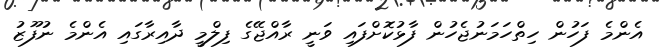
އެންމެ ފަހުން ހިތްހަމަނުޖެހުން ފާޅުކޮށްފައި ވަނީ ރާއްޖޭގެ ފިލްމީ ދާއިރާގައި އެންމެ ނުފޫޒު